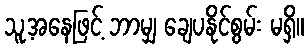
သူ့အနေဖြင့် ဘာမျှ ချေပနိုင်စွမ်း မရှိ။